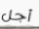
أجل